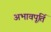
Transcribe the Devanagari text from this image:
अभावपूर्ति